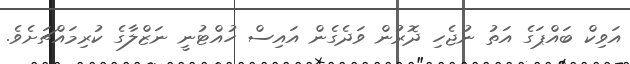
އަވިކް ބައްޕަގެ އަތު ނުޖެހި ދޮރުން ވަދެގެން އައިސް ހުއްޓުނީ ނަޒްލާގެ ކުރިމައްޗަށެވެ.